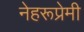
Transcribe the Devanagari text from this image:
नेहरूप्रेमी